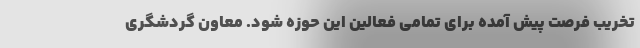
تخریب فرصت پیش آمده برای تمامی فعالین این حوزه شود. معاون گردشگری